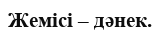
Жемісі – дәнек.